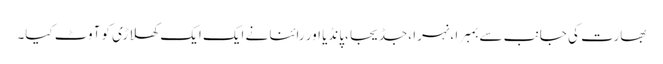
بھارت کی جانب سے بمبرا ،نہرا ،جڈیجا ،پانڈیا اور رائنا نے ایک ایک کھلاڑی کو آوٹ کیا۔